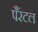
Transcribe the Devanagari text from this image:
पैरंटल